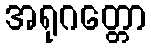
အရုဂတ္တော